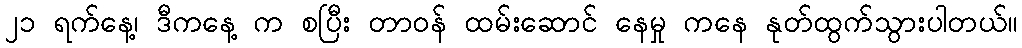
၂၁ ရက်နေ့၊ ဒီကနေ့ က စပြီး တာဝန် ထမ်းဆောင် နေမှု ကနေ နုတ်ထွက်သွားပါတယ်။